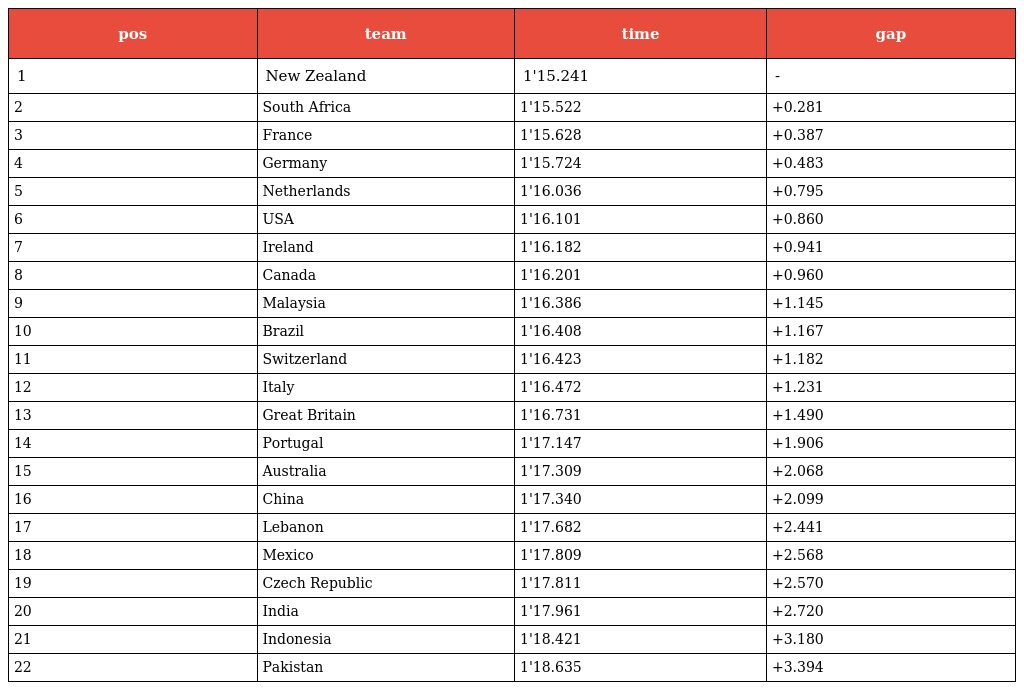
| pos | team | time | gap |
 | --- | --- | --- | --- |
 | 1 | New Zealand | 1'15.241 | - |
 | 2 | South Africa | 1'15.522 | +0.281 |
 | 3 | France | 1'15.628 | +0.387 |
 | 4 | Germany | 1'15.724 | +0.483 |
 | 5 | Netherlands | 1'16.036 | +0.795 |
 | 6 | USA | 1'16.101 | +0.860 |
 | 7 | Ireland | 1'16.182 | +0.941 |
 | 8 | Canada | 1'16.201 | +0.960 |
 | 9 | Malaysia | 1'16.386 | +1.145 |
 | 10 | Brazil | 1'16.408 | +1.167 |
 | 11 | Switzerland | 1'16.423 | +1.182 |
 | 12 | Italy | 1'16.472 | +1.231 |
 | 13 | Great Britain | 1'16.731 | +1.490 |
 | 14 | Portugal | 1'17.147 | +1.906 |
 | 15 | Australia | 1'17.309 | +2.068 |
 | 16 | China | 1'17.340 | +2.099 |
 | 17 | Lebanon | 1'17.682 | +2.441 |
 | 18 | Mexico | 1'17.809 | +2.568 |
 | 19 | Czech Republic | 1'17.811 | +2.570 |
 | 20 | India | 1'17.961 | +2.720 |
 | 21 | Indonesia | 1'18.421 | +3.180 |
 | 22 | Pakistan | 1'18.635 | +3.394 |